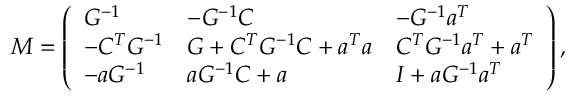
M = \left( \begin{array} { l l l } { { G ^ { - 1 } } } & { { - G ^ { - 1 } C } } & { { - G ^ { - 1 } a ^ { T } } } \\ { { - C ^ { T } G ^ { - 1 } } } & { { G + C ^ { T } G ^ { - 1 } C + a ^ { T } a } } & { { C ^ { T } G ^ { - 1 } a ^ { T } + a ^ { T } } } \\ { { - a G ^ { - 1 } } } & { { a G ^ { - 1 } C + a } } & { { I + a G ^ { - 1 } a ^ { T } } } \end{array} \right) ,